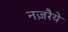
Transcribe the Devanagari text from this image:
नज़रैये